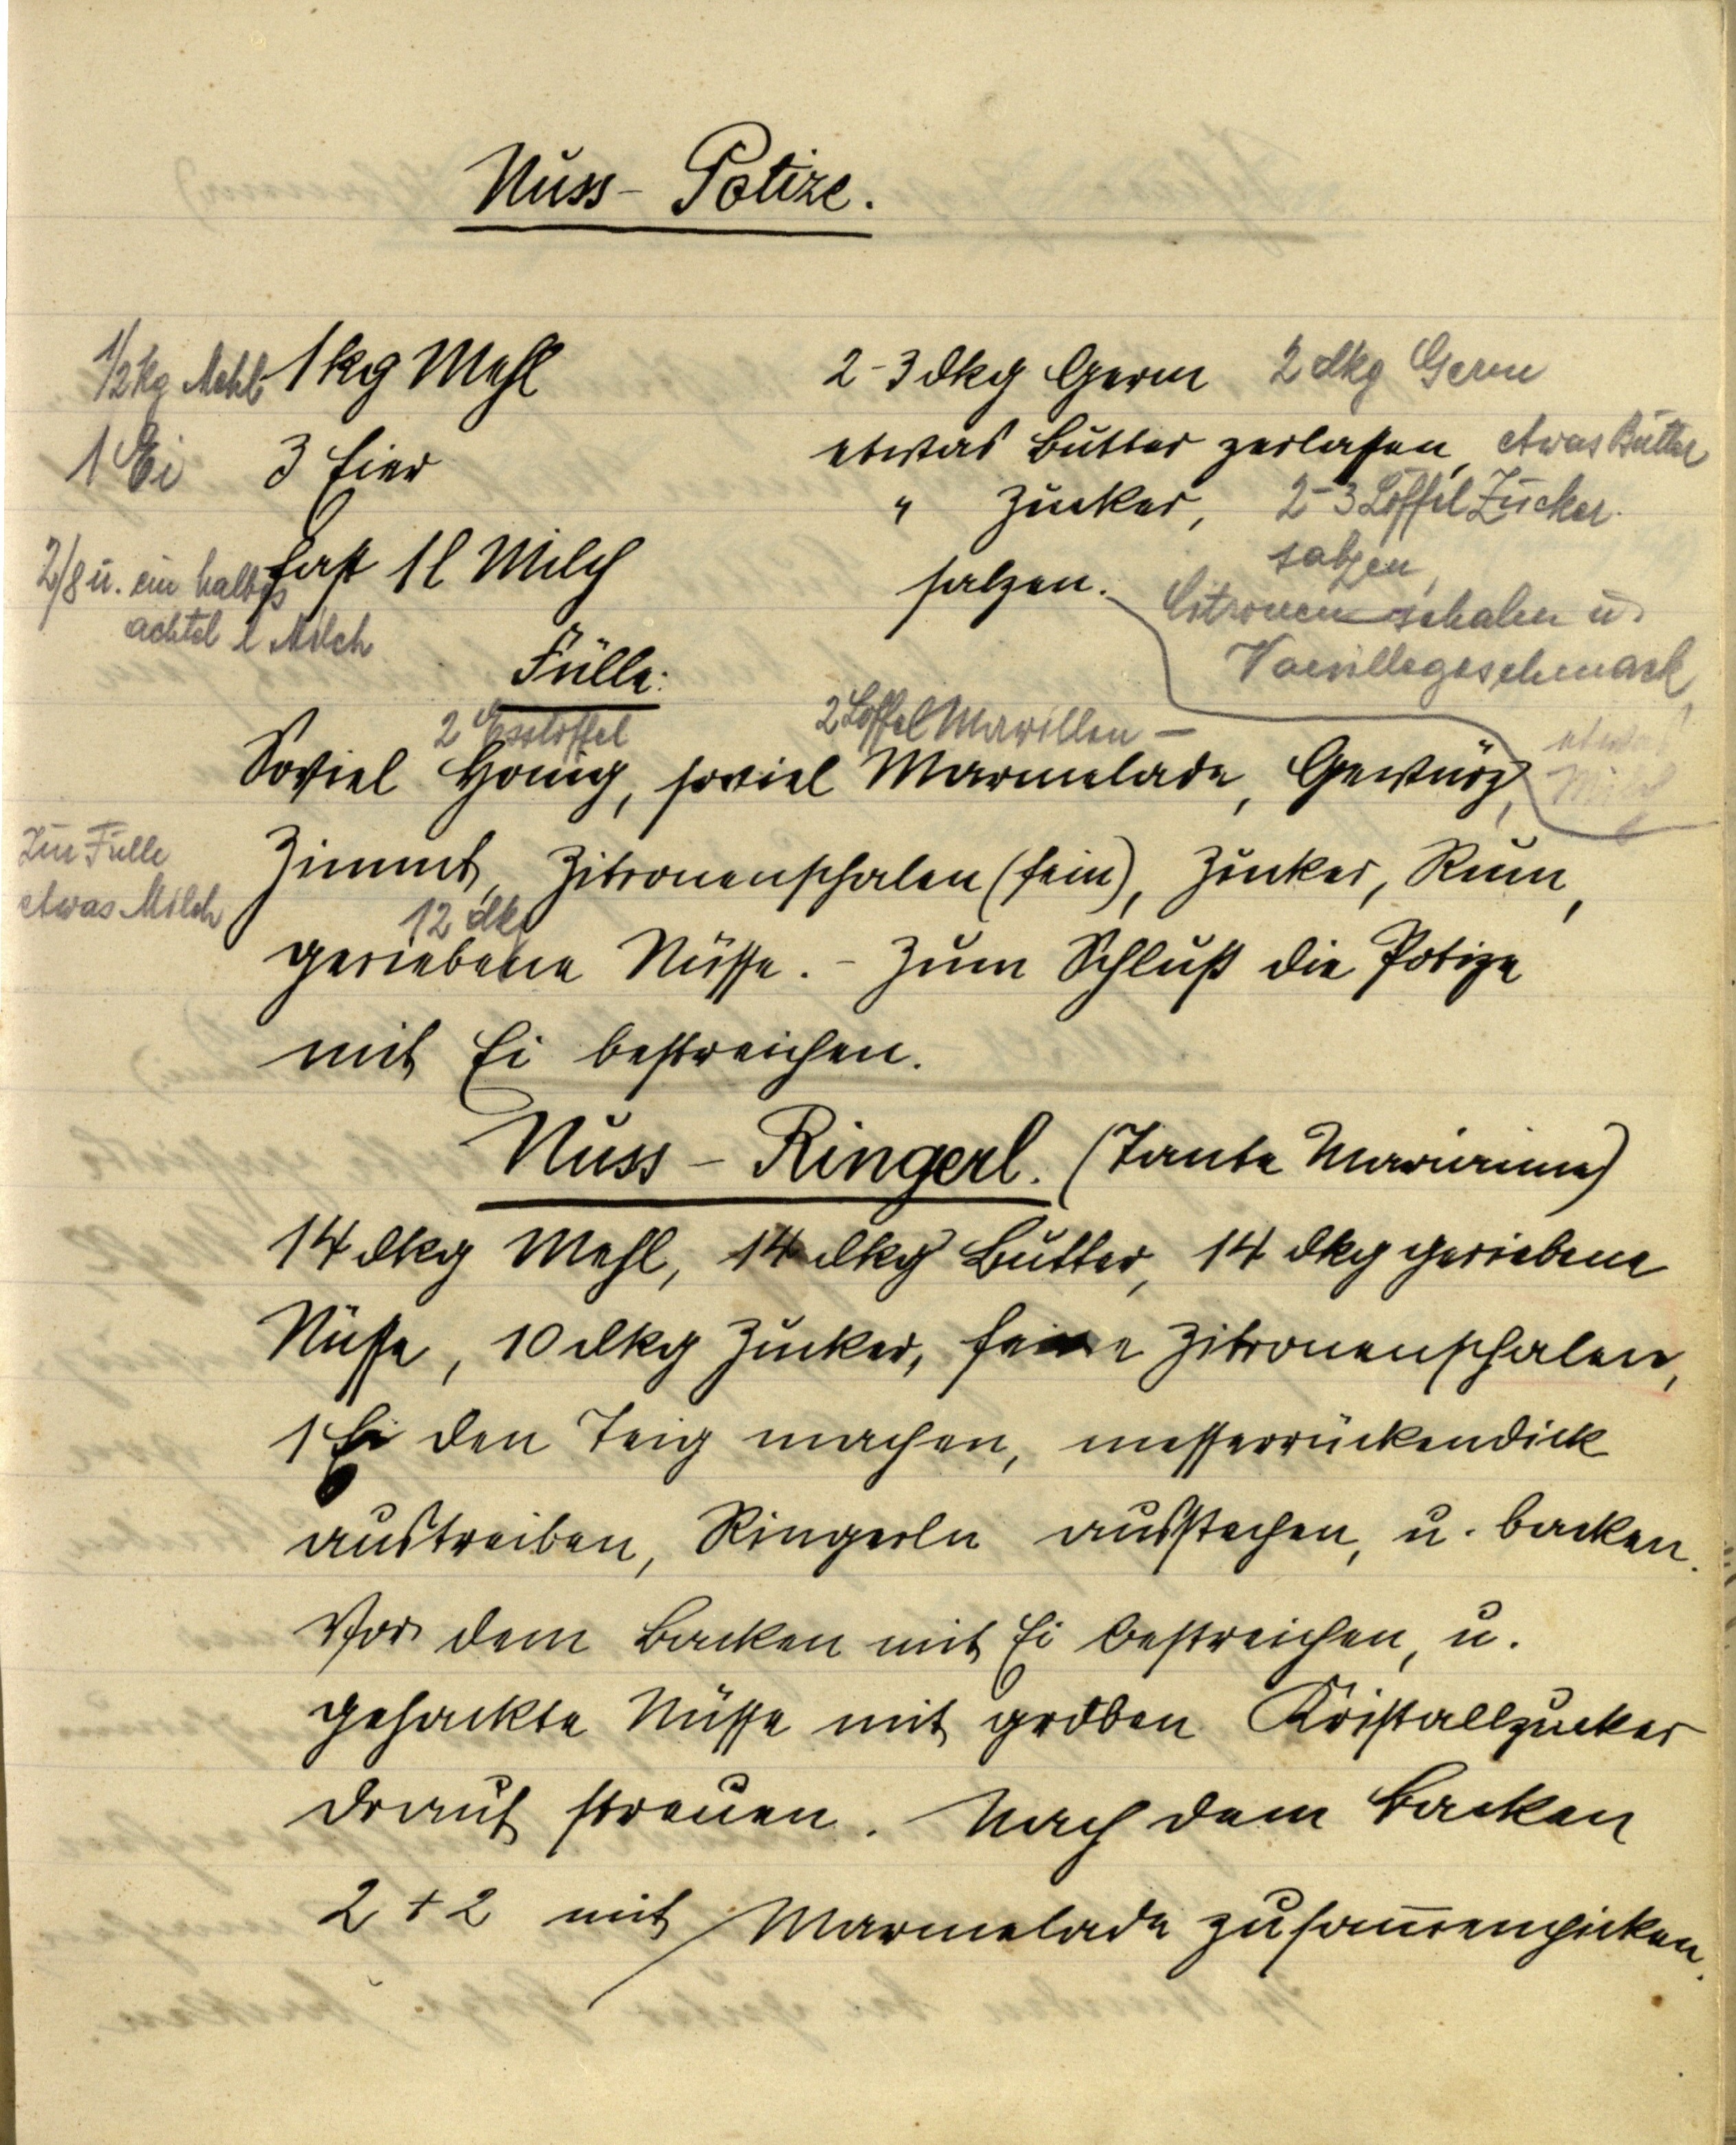
Nuss-Potize.

½ kg Mehl 1 kg Mehl
1 Ei 3 Eier
2/8 u. ein halbes achtel l Milch fast 1 l Milch

2-3 dkg Germ 2 dkg Germ
etwas Butter zerlassen, etwas Butter
   "     Zucker, 2-3 Löffel Zucker
salzen. salzen
Citronenschalen u.
Vanillegeschmack,
etwas
Milch

Fülle:
Soviel 2 Esslöffel Honig, soviel 2 Löffel Marillen-Marmelade , Gewürz,
Zur Fülle
etwas Milch
Zimmt, Zitronenschalen (fein), Zucker, Rum,
12 dkg geriebene Nüsse. ‒ Zum Schluß die Potize
mit Ei bestreichen.

Nuss-Ringerl. (Tante Marianne)
14 dkg Mehl, 14 dkg Butter, 14 dkg geriebene
Nüsse, 10 dkg Zucker, feine Zitronenschalen
1 Ei den Teig machen, messerrückendick
austreiben, Ringerln ausstechen, u. backen.
Vor dem Backen mit Ei bestreichen, u.
gehackte Nüsse mit groben Kristallzucker
drauf streuen. Nach dem Backen
2 + 2 mit Marmelade zusammenpicken.